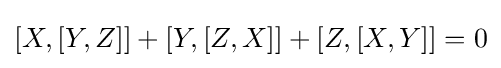
[X,[Y,Z]]+[Y,[Z,X]]+[Z,[X,Y]]=0